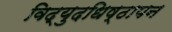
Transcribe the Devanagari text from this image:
विद्युदधिष्ठापन